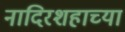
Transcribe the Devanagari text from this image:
नादिरशहाच्या